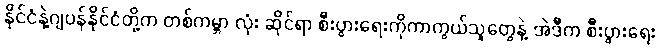
နိုင်ငံနဲ့ဂျပန်နိုင်ငံတို့က တစ်ကမ္ဘာ လုံး ဆိုင်ရာ စီးပွားရေးကိုကာကွယ်သူတွေနဲ့ အဲဒီက စီးပွားရေး